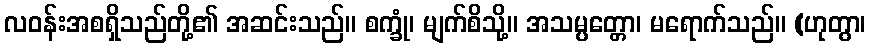
လဝန်းအစရှိသည်တို့၏ အဆင်းသည်။ စက္ခုံ၊ မျက်စိသို့။ အသမ္ပတ္တော၊ မရောက်သည်။ (ဟုတွာ၊